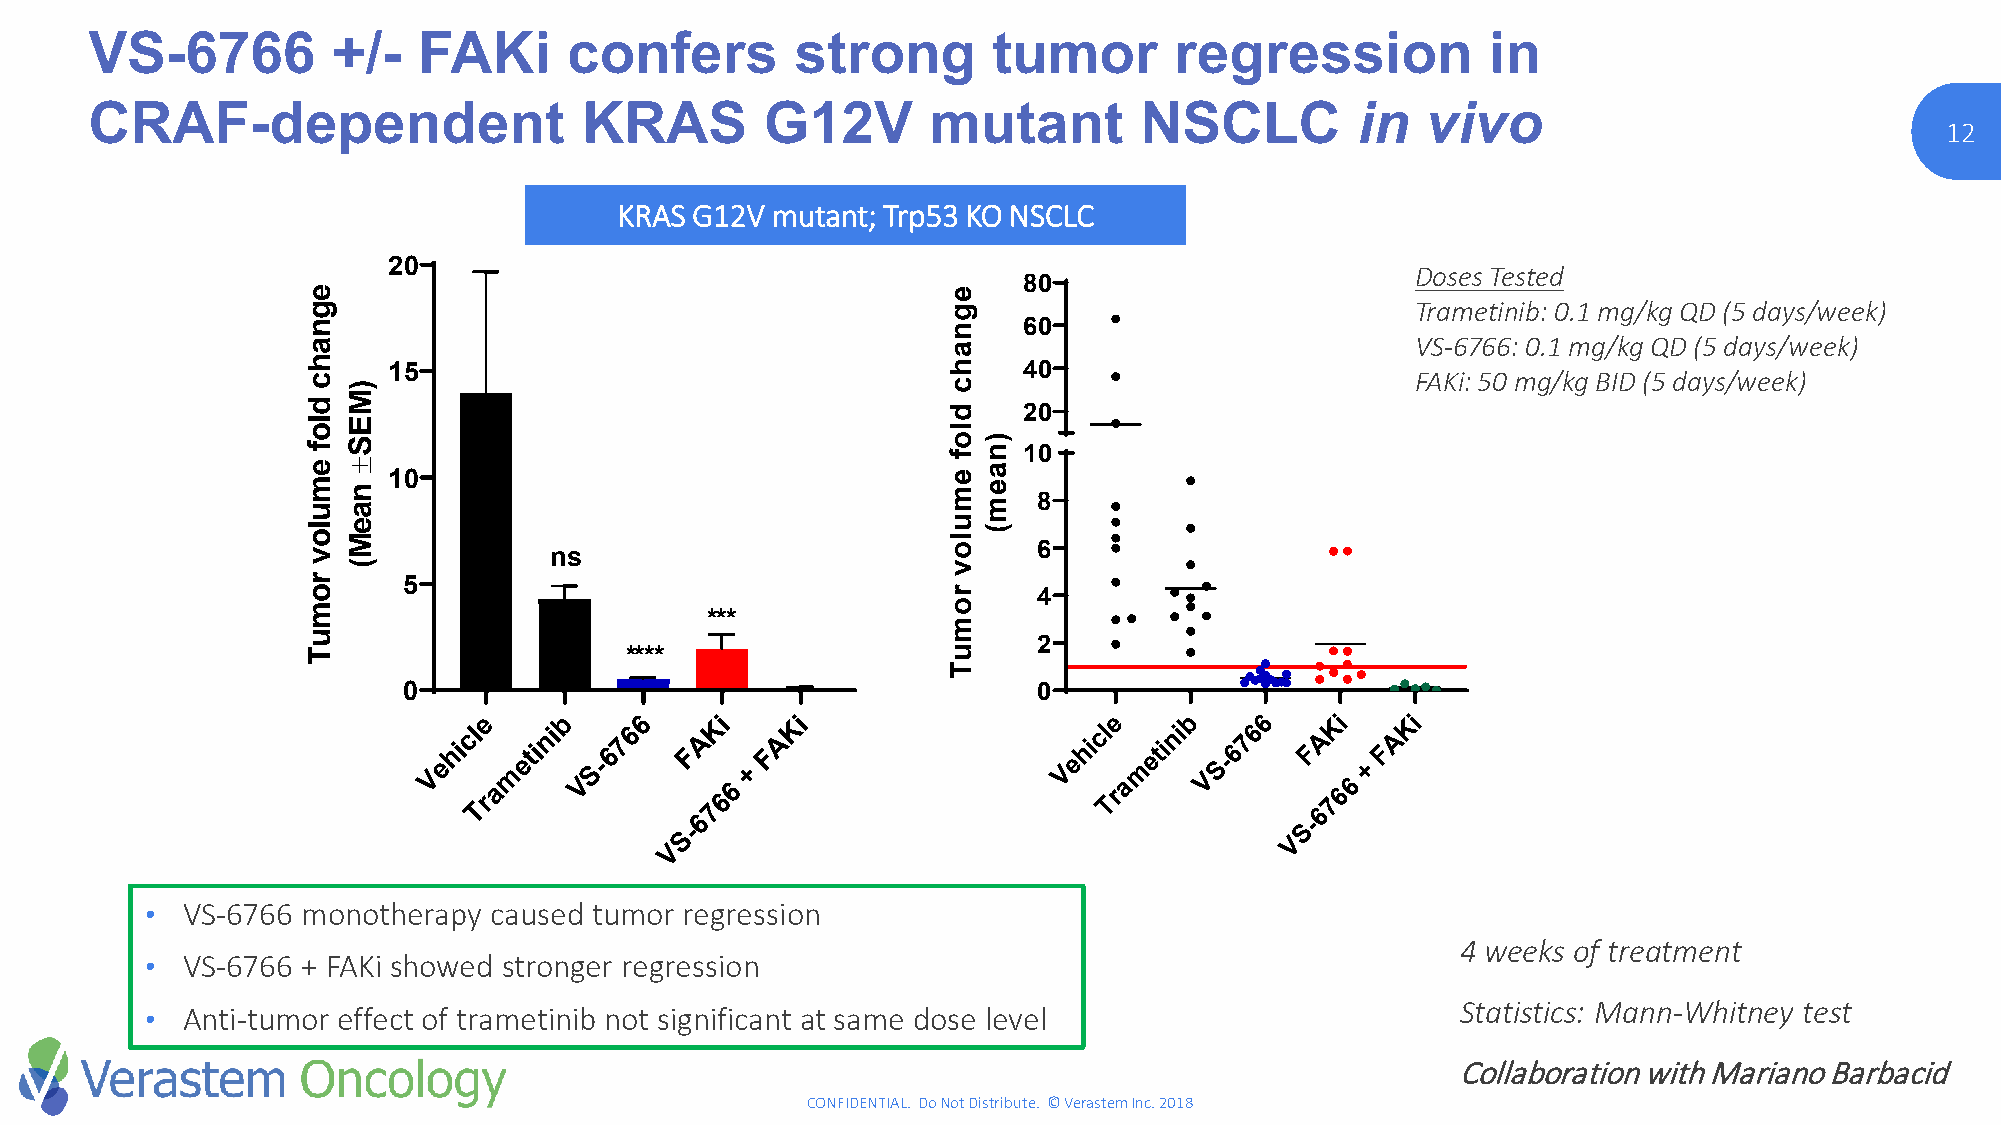
VS-6766         +/-   FAKi      confers        strong       tumor       regression           in
 CRAF-dependent                   KRAS        G12V      mutant        NSCLC          in  vivo
 12
 KRAS G12V mutant; Trp53 KO NSCLC
 20
 Doses Tested
 80
 Trametinib: 0.1 mg/kg QD (5 days/week)
 60
 VS-6766: 0.1 mg/kg QD (5 days/week)
 15                                        40                        FAKi: 50 mg/kg BID (5 days/week)
 20
 10
 10
 8
 6
 ns
 5
 4
 ***
 2
 ****
 0                                         0
 Vehicl
 Tre
 a
 m
 etinib
 V
 S-6766
 F
 A
 7Ki
 66
 +
 F
 A
 Ki
 Vehicl
 Te
 ra
 m
 etinib VS-6766
 F
 6A
 7Ki
 66
 +
 FA
 Ki
 -6                                      S-
 S                                       V
 V
 • VS-6766 monotherapy caused tumor regression
 4 weeks of treatment
 • VS-6766 + FAKi showed stronger regression
 Statistics: Mann-Whitney test
 • Anti-tumor effect of trametinib not significant at same dose level
 Collaboration with Mariano Barbacid
 CONFIDENTIAL. Do Not Distribute. © Verastem Inc. 2018
 egnahc
 dlof
 emulov
 romuT
 )MES±
 naeM(
 egnahc
 dlof
 emulov
 romuT
 )naem(